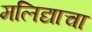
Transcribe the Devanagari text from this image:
मलिद्याचा